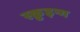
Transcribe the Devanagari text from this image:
स्क्रुइन्ग